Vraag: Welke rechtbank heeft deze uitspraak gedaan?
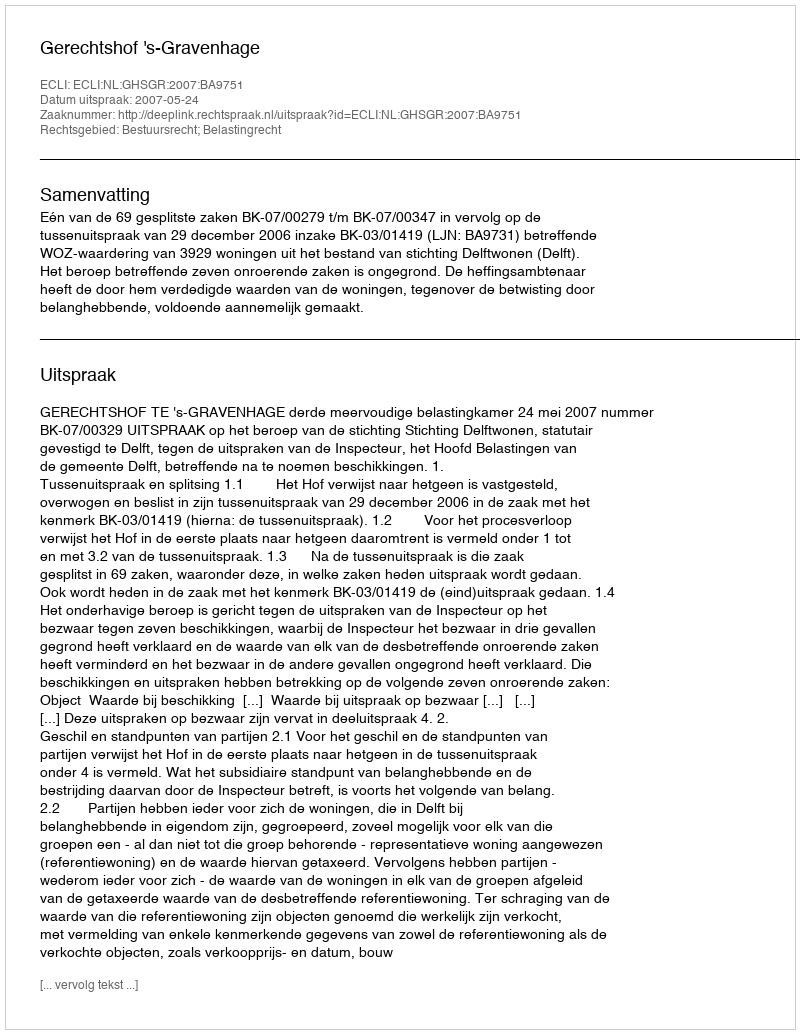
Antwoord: Gerechtshof 's-Gravenhage